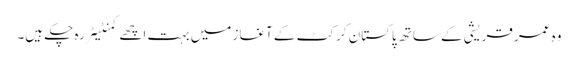
وہ عمر قریشی کے ساتھ پاکستان کرکٹ کے آغاز میں بہت اچھے کمنٹیٹر رہ چکے ہیں۔